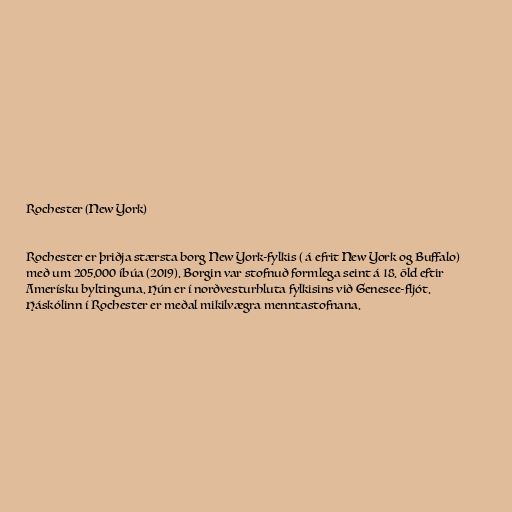
Rochester (New York)

Rochester er þriðja stærsta borg New York-fylkis ( á efrit New York og Buffalo)
með um 205.000 íbúa (2019). Borgin var stofnuð formlega seint á 18. öld eftir
Amerísku byltinguna. Hún er í norðvesturhluta fylkisins við Genesee-fljót.
Háskólinn í Rochester er meðal mikilvægra menntastofnana.